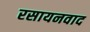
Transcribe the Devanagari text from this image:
रसायनवाद